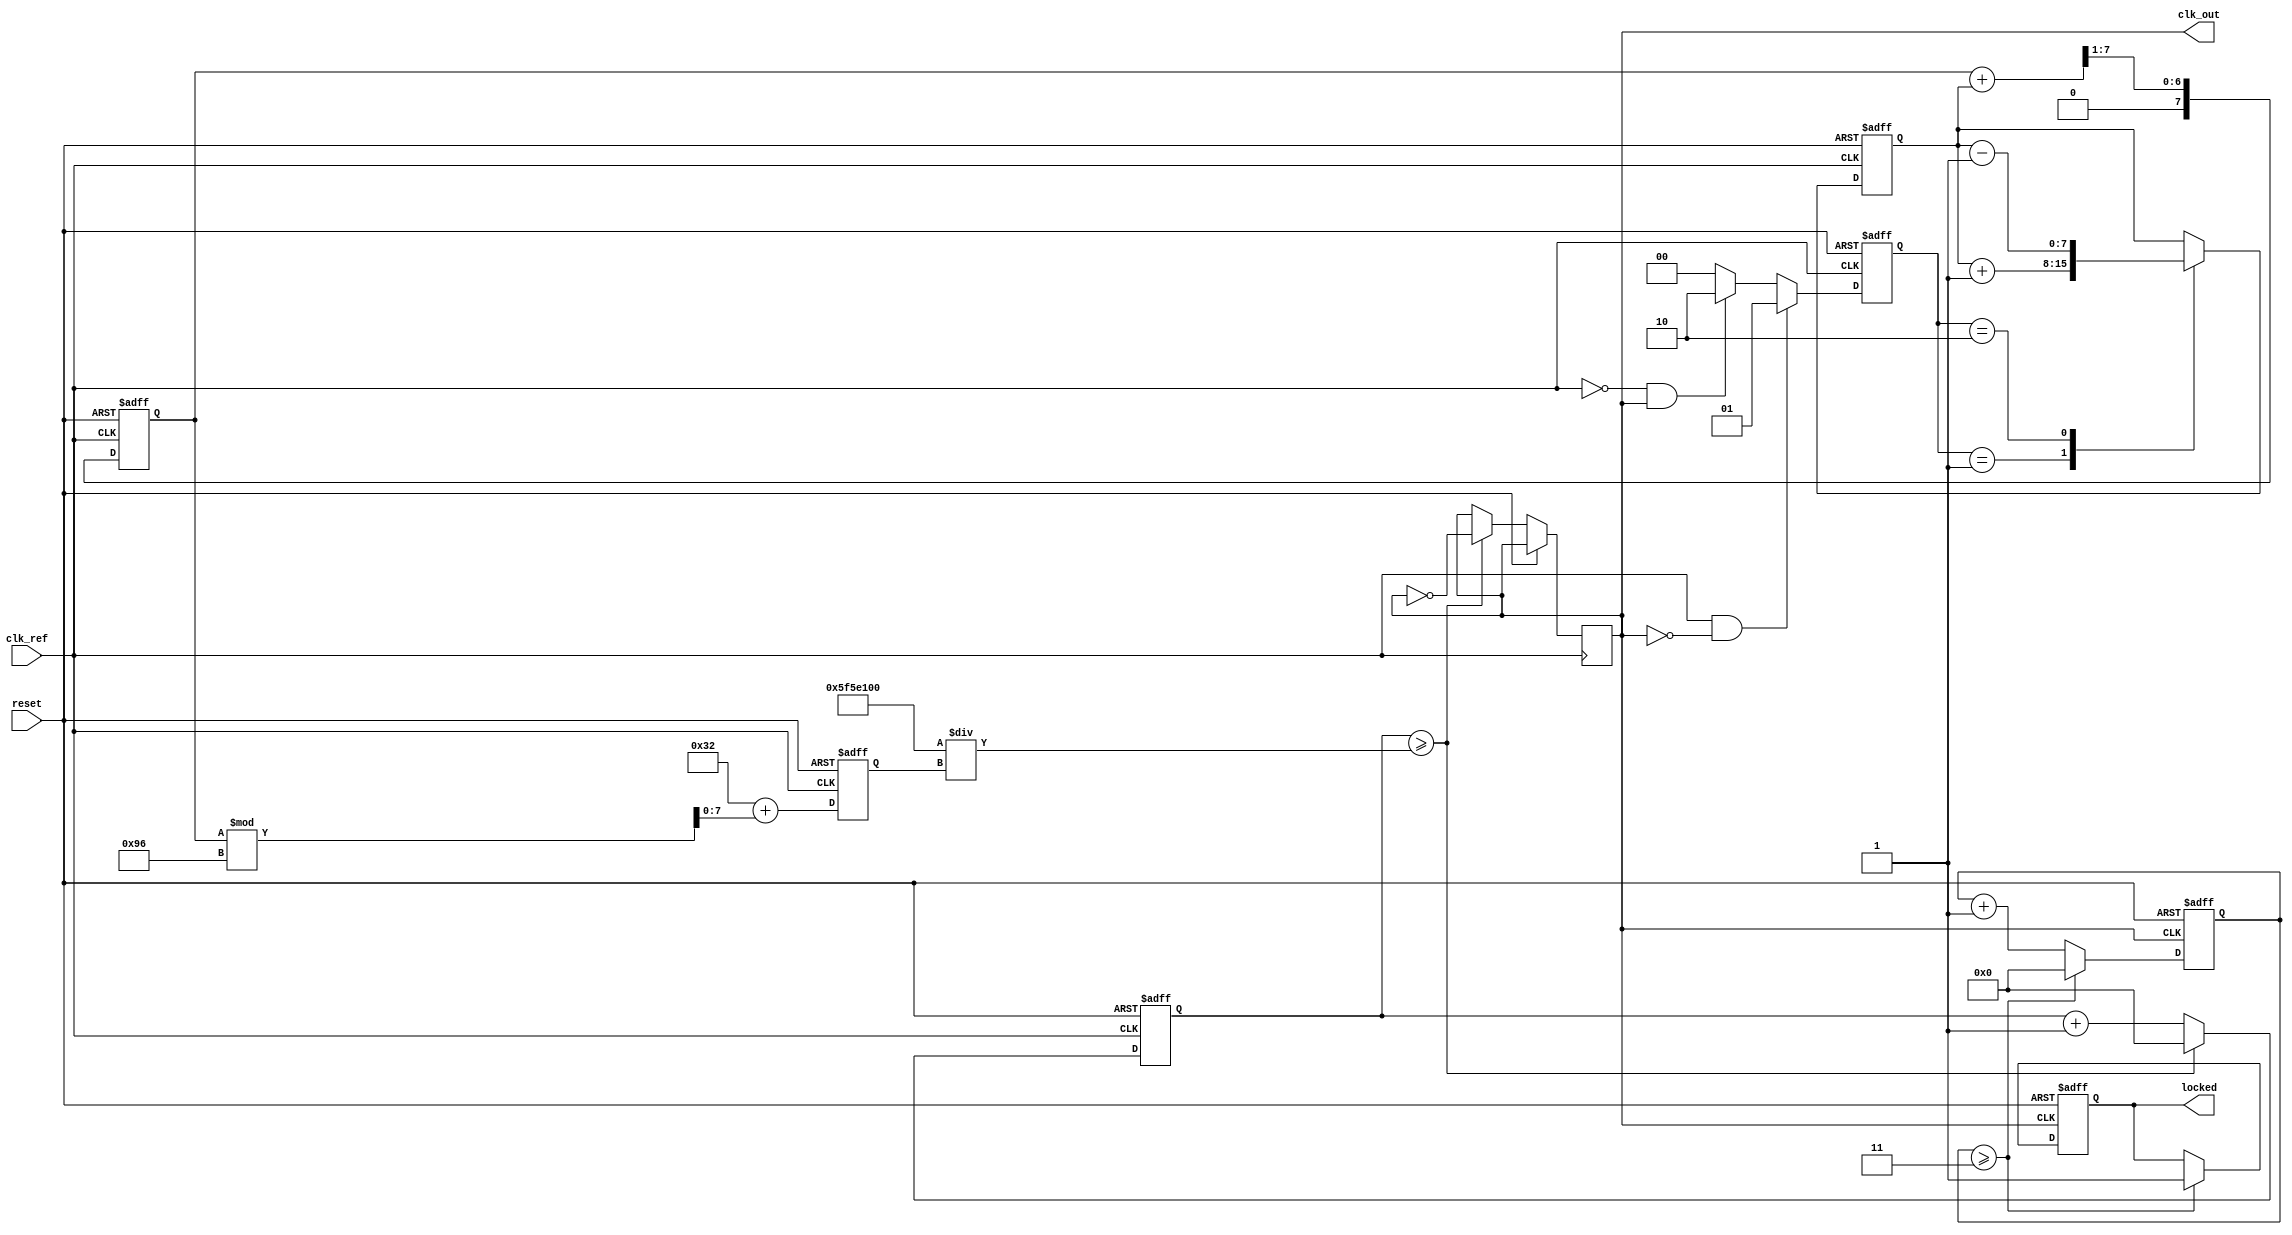
module low_jitter_pll (
    input wire clk_ref,          // Reference clock input
    input wire reset,            // Asynchronous reset
    output wire clk_out,         // Output clock from VCO
    output wire locked           // Lock indicator
);

    // Parameters
    parameter DIV_RATIO = 4;     // Frequency divider ratio
    parameter VCO_MAX_FREQ = 200; // Maximum VCO frequency (in MHz)
    parameter VCO_MIN_FREQ = 50;  // Minimum VCO frequency (in MHz)

    // Internal signals
    reg [1:0] pfd_out;            // PFD output
    reg [7:0] charge_pump_out;    // Charge pump output (control voltage)
    reg [7:0] loop_filter_out;     // Loop filter output (smoothed control voltage)
    reg [7:0] vco_freq;           // VCO frequency control
    reg [31:0] vco_counter;        // VCO counter for clock generation
    reg [31:0] divider_counter;    // Divider counter
    reg locked_reg;                // Lock status register

    // Phase Frequency Detector (PFD)
    always @(posedge clk_ref or posedge reset) begin
        if (reset) begin
            pfd_out <= 2'b00;
        end else begin
            // PFD logic (simplified)
            // Compare clk_ref with feedback clock (to be implemented)
            // For demonstration, assume feedback clock is clk_out
            if (clk_ref && !clk_out) begin
                pfd_out <= 2'b01; // VCO is slow
            end else if (!clk_ref && clk_out) begin
                pfd_out <= 2'b10; // VCO is fast
            end else begin
                pfd_out <= 2'b00; // In lock
            end
        end
    end

    // Charge Pump (CP)
    always @(posedge clk_ref or posedge reset) begin
        if (reset) begin
            charge_pump_out <= 8'b0;
        end else begin
            case (pfd_out)
                2'b01: charge_pump_out <= charge_pump_out + 1; // VCO slow
                2'b10: charge_pump_out <= charge_pump_out - 1; // VCO fast
                default: charge_pump_out <= charge_pump_out;   // No change
            endcase
        end
    end

    // Loop Filter (LF)
    always @(posedge clk_ref or posedge reset) begin
        if (reset) begin
            loop_filter_out <= 8'b0;
        end else begin
            // Simple first-order low-pass filter
            loop_filter_out <= (loop_filter_out + charge_pump_out) >> 1; // Averaging
        end
    end

    // Voltage-Controlled Oscillator (VCO)
    always @(posedge clk_ref or posedge reset) begin
        if (reset) begin
            vco_freq <= VCO_MIN_FREQ; // Start at minimum frequency
            vco_counter <= 0;
        end else begin
            // Adjust VCO frequency based on loop filter output
            vco_freq <= VCO_MIN_FREQ + (loop_filter_out % (VCO_MAX_FREQ - VCO_MIN_FREQ));
            // Generate VCO clock
            if (vco_counter >= (100000000 / vco_freq)) begin // Assuming clk_ref is 100MHz
                clk_out <= ~clk_out;
                vco_counter <= 0;
            end else begin
                vco_counter <= vco_counter + 1;
            end
        end
    end

    // Frequency Divider
    always @(posedge clk_out or posedge reset) begin
        if (reset) begin
            divider_counter <= 0;
            locked_reg <= 0;
        end else begin
            if (divider_counter >= DIV_RATIO - 1) begin
                divider_counter <= 0;
                // Feedback to PFD (to be implemented)
                // For demonstration, assume feedback is clk_out
                locked_reg <= 1; // Indicate locked state
            end else begin
                divider_counter <= divider_counter + 1;
            end
        end
    end

    assign locked = locked_reg;

endmodule